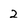
Character: 2